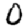
Digit: 0